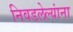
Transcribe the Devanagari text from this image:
निवडलेल्यांना